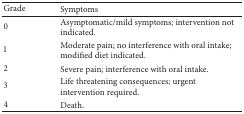
<table><thead><tr><td><b>Grade </b></td><td><b>Symptoms </b></td></tr></thead><tbody><tr><td>0</td><td>Asymptomatic/mild symptoms; intervention not indicated.</td></tr><tr><td>1</td><td>Moderate pain; no interference with oral intake; modified diet indicated.</td></tr><tr><td>2</td><td>Severe pain; interference with oral intake.</td></tr><tr><td>3</td><td>Life threatening consequences; urgent intervention required.</td></tr><tr><td>4</td><td>Death.</td></tr></tbody></table>